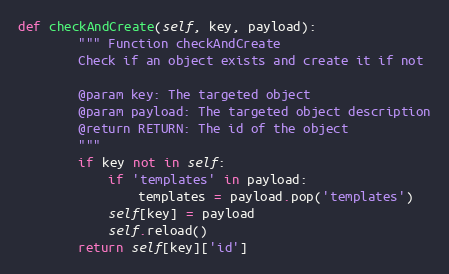
Language: Python
def checkAndCreate(self, key, payload):
        """ Function checkAndCreate
        Check if an object exists and create it if not

        @param key: The targeted object
        @param payload: The targeted object description
        @return RETURN: The id of the object
        """
        if key not in self:
            if 'templates' in payload:
                templates = payload.pop('templates')
            self[key] = payload
            self.reload()
        return self[key]['id']